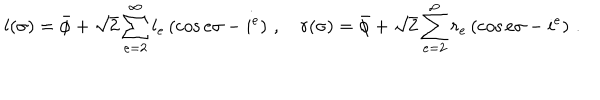
l ( \sigma ) = \bar { \phi } + \sqrt { 2 } \sum _ { e = 2 } ^ { \infty } l _ { e } \left( \cos e \sigma - i ^ { e } \right) \, , \quad r ( \sigma ) = \bar { \phi } + \sqrt { 2 } \sum _ { e = 2 } ^ { \infty } r _ { e } \left( \cos e \sigma - i ^ { e } \right) \, . ~